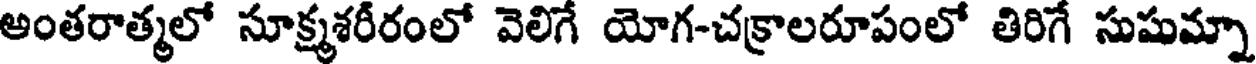
అంతరాత్మలో సూక్ష్మశరీరంలో వెలిగే యోగ-చక్రాలరూపంలో తిరిగే సుషుమ్నా